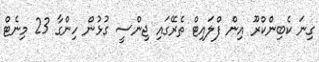
ގިނަ ކެބިންކްރޫ އިން ފްލައިޓް ތެރޭގައި ޖިންސީ ގުޅުން ހިންގާ 23 މިނެޓް